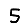
Digit: 5